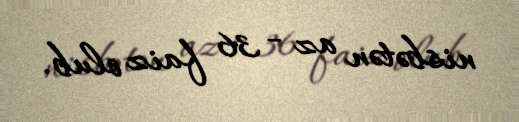
nisbətən az - 36 faiz olub.